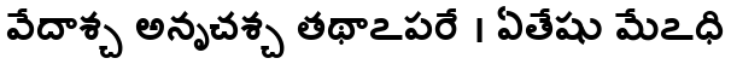
వేదాశ్చ అనృచశ్చ తథాఽపరే । ఏతేషు మేఽధి